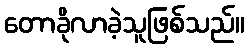
တောခိုလာခဲ့သူဖြစ်သည်။